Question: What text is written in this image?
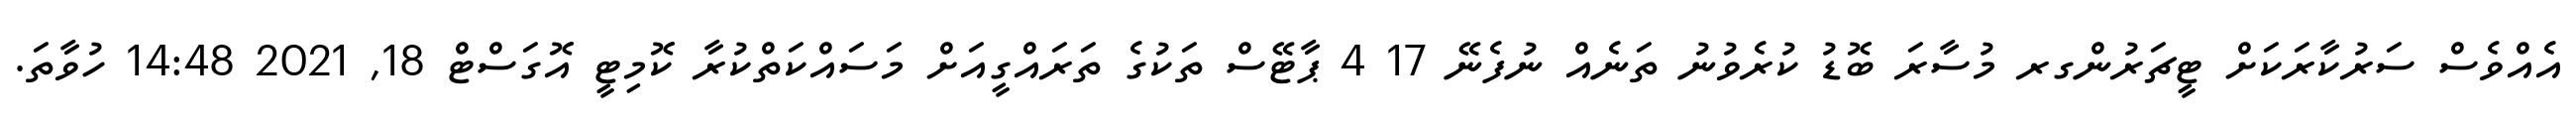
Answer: އެއްވެސް ސަރުކާރަކަށް ޓީޗަރުންގރ މުސާރަ ބޮޑު ކުރެވުނު ތަނެއް ނުފެނޭ 17 4 ޕާޓޭސް ތަކުގެ ތަރައްގީއަށް މަސައްކަތްކުރާ ކޮމިޓީ އޮގަސްޓް 18, 2021 14:48 ހުވާތަ.